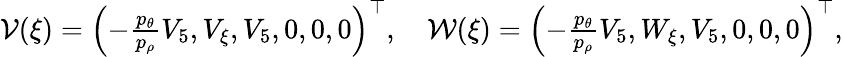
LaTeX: \begin{array}{r}{\mathcal{V}(\xi)=\left(-\frac{p_{\theta}}{p_{\rho}}V_{5},V_{\xi},V_{5},0,0,0\right)^{\top},\quad\mathcal{W}(\xi)=\left(-\frac{p_{\theta}}{p_{\rho}}V_{5},W_{\xi},V_{5},0,0,0\right)^{\top},}\end{array}